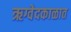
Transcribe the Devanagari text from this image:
ऋग्वेदकाळात